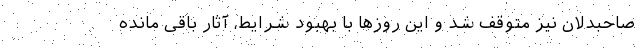
صاحبدلان نیز متوقف شد و این روزها با بهبود شرایط، آثار باقی مانده